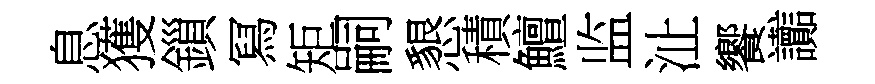
息獲鎻冩矩嗣懇積鱣监沚饗讟